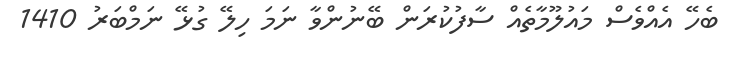
ބެހޭ އެއްވެސް މައުލޫމާތެއް ސާފުކުރަން ބޭނުންވާ ނަމަ ހިލޭ ގުޅޭ ނަމްބަރު 1410